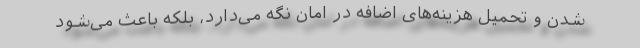
شدن و تحمیل هزینه‌های اضافه در امان نگه می‌دارد، بلکه باعث می‌شود